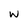
Character: w